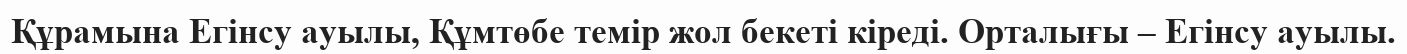
Құрамына Егінсу ауылы, Құмтөбе темір жол бекеті кіреді. Орталығы – Егінсу ауылы.